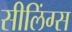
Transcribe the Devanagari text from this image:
सीलिंग्स